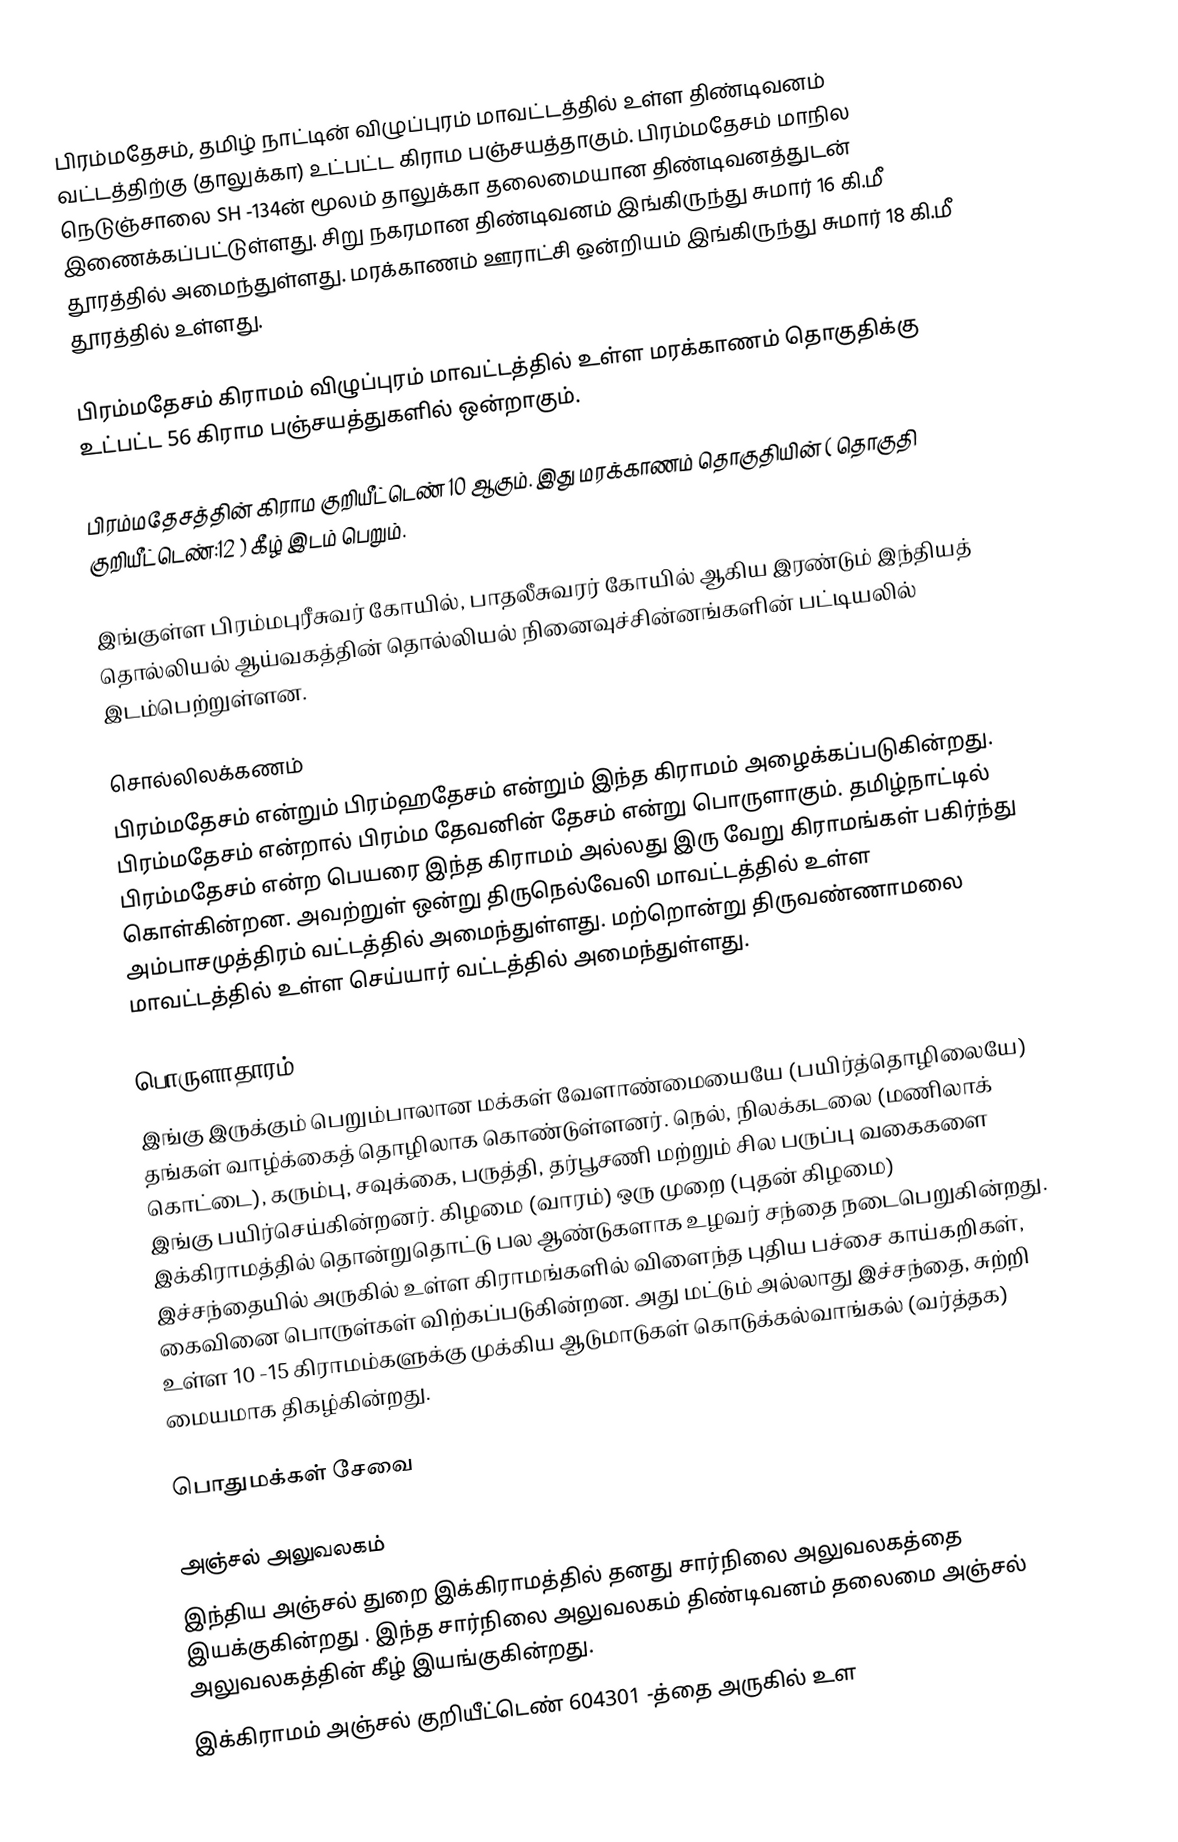
பிரம்மதேசம், தமிழ் நாட்டின் விழுப்புரம் மாவட்டத்தில் உள்ள திண்டிவனம் வட்டத்திற்கு (தாலுக்கா)  உட்பட்ட கிராம பஞ்சயத்தாகும். பிரம்மதேசம் மாநில நெடுஞ்சாலை SH -134ன் மூலம் தாலுக்கா தலைமையான திண்டிவனத்துடன்  இணைக்கப்பட்டுள்ளது. சிறு நகரமான திண்டிவனம் இங்கிருந்து சுமார் 16 கி.மீ தூரத்தில் அமைந்துள்ளது. மரக்காணம் ஊராட்சி ஒன்றியம் இங்கிருந்து சுமார் 18 கி.மீ தூரத்தில் உள்ளது.

பிரம்மதேசம் கிராமம் விழுப்புரம் மாவட்டத்தில் உள்ள மரக்காணம் தொகுதிக்கு உட்பட்ட 56 கிராம பஞ்சயத்துகளில் ஒன்றாகும்.

பிரம்மதேசத்தின் கிராம குறியீட்டெண் 10 ஆகும். இது மரக்காணம் தொகுதியின் ( தொகுதி குறியீட்டெண்:12 ) கீழ் இடம் பெறும்.

இங்குள்ள பிரம்மபுரீசுவர் கோயில், பாதலீசுவரர் கோயில் ஆகிய இரண்டும் இந்தியத் தொல்லியல் ஆய்வகத்தின் தொல்லியல் நினைவுச்சின்னங்களின் பட்டியலில் இடம்பெற்றுள்ளன.

சொல்லிலக்கணம்
பிரம்மதேசம் என்றும் பிரம்ஹதேசம் என்றும் இந்த கிராமம் அழைக்கப்படுகின்றது. பிரம்மதேசம் என்றால் பிரம்ம தேவனின் தேசம் என்று பொருளாகும்.  தமிழ்நாட்டில் பிரம்மதேசம் என்ற பெயரை இந்த கிராமம் அல்லது இரு வேறு கிராமங்கள் பகிர்ந்து கொள்கின்றன. அவற்றுள் ஒன்று திருநெல்வேலி மாவட்டத்தில் உள்ள அம்பாசமுத்திரம் வட்டத்தில் அமைந்துள்ளது. மற்றொன்று திருவண்ணாமலை மாவட்டத்தில் உள்ள செய்யார் வட்டத்தில் அமைந்துள்ளது.

பொருளாதாரம்
இங்கு இருக்கும்  பெறும்பாலான மக்கள் வேளாண்மையையே (பயிர்த்தொழிலையே) தங்கள் வாழ்க்கைத் தொழிலாக கொண்டுள்ளனர். நெல், நிலக்கடலை (மணிலாக் கொட்டை), கரும்பு, சவுக்கை, பருத்தி, தர்பூசணி மற்றும் சில பருப்பு வகைகளை இங்கு பயிர்செய்கின்றனர். கிழமை (வாரம்) ஒரு முறை (புதன் கிழமை)  இக்கிராமத்தில் தொன்றுதொட்டு பல ஆண்டுகளாக  உழவர் சந்தை நடைபெறுகின்றது. இச்சந்தையில் அருகில் உள்ள கிராமங்களில் விளைந்த புதிய பச்சை காய்கறிகள், கைவினை பொருள்கள் விற்கப்படுகின்றன. அது மட்டும் அல்லாது இச்சந்தை, சுற்றி உள்ள 10 -15  கிராமம்களுக்கு முக்கிய ஆடுமாடுகள் கொடுக்கல்வாங்கல் (வர்த்தக) மையமாக திகழ்கின்றது.

பொதுமக்கள் சேவை

அஞ்சல் அலுவலகம்
இந்திய அஞ்சல் துறை இக்கிராமத்தில் தனது சார்நிலை அலுவலகத்தை இயக்குகின்றது . இந்த சார்நிலை அலுவலகம் திண்டிவனம் தலைமை அஞ்சல் அலுவலகத்தின் கீழ்  இயங்குகின்றது.
இக்கிராமம்  அஞ்சல் குறியீட்டெண் 604301 -த்தை அருகில் உள